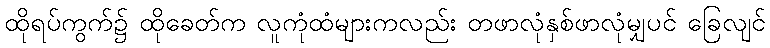
ထိုရပ်ကွက်၌ ထိုခေတ်က လူကုံထံများကလည်း တဖာလုံနှစ်ဖာလုံမျှပင် ခြေလျင်